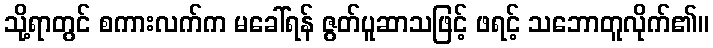
သို့ရာတွင် စကားလက်က မခေါ်ရန် ဇွတ်ပူဆာသဖြင့် ဖရင့် သဘောတူလိုက်၏။